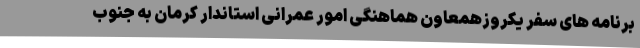
برنامه های سفر یکروزهمعاون هماهنگی امور عمرانی استاندار کرمان به جنوب